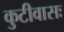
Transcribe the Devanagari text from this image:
कुटीवासः